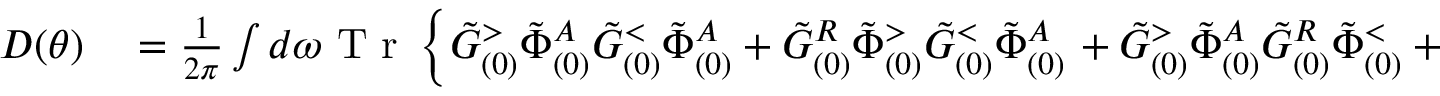
\begin{array} { r l } { D ( \theta ) } & { { } = \frac { 1 } { 2 \pi } \int d \omega \mathrm { ~ T ~ r ~ } \left\{ \tilde { G } _ { ( 0 ) } ^ { > } \tilde { \Phi } _ { ( 0 ) } ^ { A } \tilde { G } _ { ( 0 ) } ^ { < } \tilde { \Phi } _ { ( 0 ) } ^ { A } + \tilde { G } _ { ( 0 ) } ^ { R } \tilde { \Phi } _ { ( 0 ) } ^ { > } \tilde { G } _ { ( 0 ) } ^ { < } \tilde { \Phi } _ { ( 0 ) } ^ { A } \right. + \tilde { G } _ { ( 0 ) } ^ { > } \tilde { \Phi } _ { ( 0 ) } ^ { A } \tilde { G } _ { ( 0 ) } ^ { R } \tilde { \Phi } _ { ( 0 ) } ^ { < } + \tilde { G } _ { ( 0 ) } ^ { R } \tilde { \Phi } _ { ( 0 ) } ^ { > } \tilde { G } _ { ( 0 ) } ^ { R } \tilde { \Phi } _ { ( 0 ) } ^ { < } + \tilde { \Psi } _ { ( 0 ) } ^ { > } \tilde { G } _ { ( 0 ) } ^ { A } \tilde { \Psi } _ { ( 0 ) } ^ { < } \tilde { G } _ { ( 0 ) } ^ { A } } \end{array}